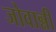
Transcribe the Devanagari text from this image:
जोवान्नी